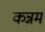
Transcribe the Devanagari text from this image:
कन्नम